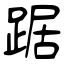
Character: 踞